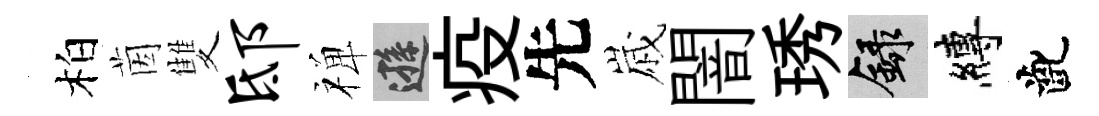
柏茵雙邸禅遜疫先𡻕闇琇録縛齔